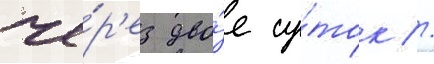
че́р'ез дво́е су́ток //